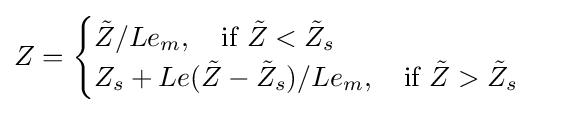
Z={\begin{cases}{\tilde {Z}}/Le_{m},\quad {\text{if}}\,\,{\tilde {Z}}<{\tilde {Z}}_{s}\\Z_{s}+Le({\tilde {Z}}-{\tilde {Z}}_{s})/Le_{m},\quad {\text{if}}\,\,{\tilde {Z}}>{\tilde {Z}}_{s}\end{cases}}